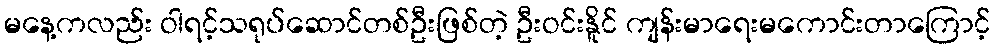
မနေ့ကလည်း ဝါရင့်သရုပ်ဆောင်တစ်ဦးဖြစ်တဲ့ ဦးဝင်းနိူင် ကျန်းမာရေးမကောင်းတာကြောင့်